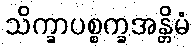
သိက္ခာပစ္စက္ခအန္တိမံ